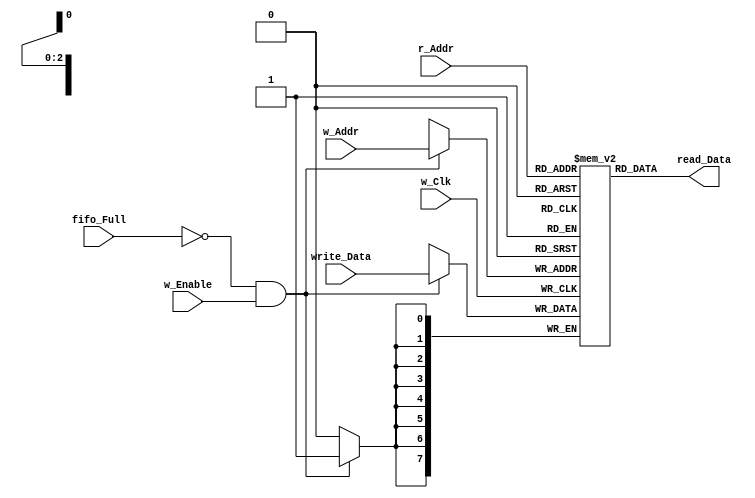
//verilog code for Fifomemory -DRAM

module fifomem #( parameter data_Size = 8, parameter address_Size = 3 ) (

		input w_Clk,							//write clock
		input w_Enable, 						//write enable is deasserted when the fifo is full logic is written in write block
		input [address_Size-1:0]w_Addr,			//address to be written in fifo
		input [address_Size-1:0]r_Addr,			//address to be read from fifo
		input fifo_Full,						//asserted when fifo is full
		input [data_Size-1:0]write_Data,		//data to be written in fifo write address
		output [data_Size-1:0]read_Data );		//data to be read from fifo read address

		//depth of fifo calculation in order to assign memory according to the depth 
		localparam fifo_depth = 1<<address_Size;
		
		reg [data_Size-1:0] mem[0:fifo_depth-1];
		
		//output data is continuosly being assigned to read block
		assign read_Data = mem[r_Addr];
		
		//write data is done only when fifo is not full and w_Enable is asserted 
		always@(posedge w_Clk)
			if(!fifo_Full && w_Enable)
				mem[w_Addr] <= write_Data;
			
endmodule